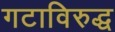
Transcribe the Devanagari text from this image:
गटाविरुद्ध